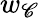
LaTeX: w_{\mathscr{C}}